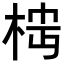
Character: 𬂷